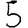
Digit: 5